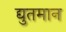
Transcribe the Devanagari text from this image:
द्युतमान